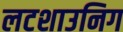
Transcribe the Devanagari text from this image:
लटशाउनिग